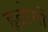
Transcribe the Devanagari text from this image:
हृद्रोगों